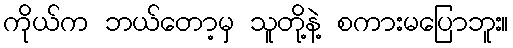
ကိုယ်က ဘယ်တော့မှ သူတို့နဲ့ စကားမပြောဘူး။